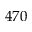
4 7 0